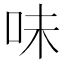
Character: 味